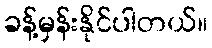
ခန့်မှန်းနိုင်ပါတယ်။